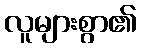
လူများစွာ၏